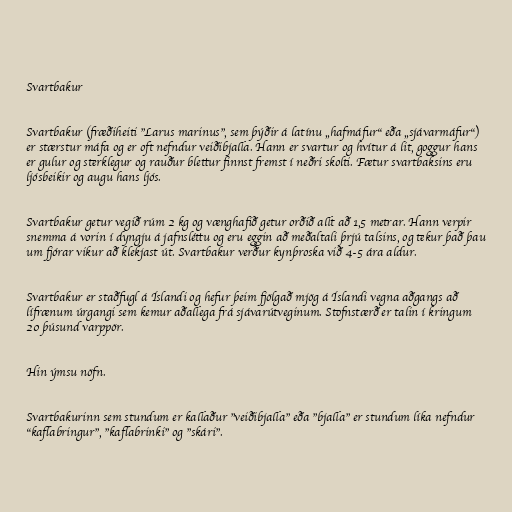
Svartbakur

Svartbakur (fræðiheiti "Larus marinus", sem þýðir á latínu „hafmáfur“ eða „sjávarmáfur“)
er stærstur máfa og er oft nefndur veiðibjalla. Hann er svartur og hvítur á lit, goggur hans
er gulur og sterklegur og rauður blettur finnst fremst í neðri skolti. Fætur svartbaksins eru
ljósbeikir og augu hans ljós.

Svartbakur getur vegið rúm 2 kg og vænghafið getur orðið allt að 1,5 metrar. Hann verpir
snemma á vorin í dyngju á jafnsléttu og eru eggin að meðaltali þrjú talsins, og tekur það þau
um fjórar vikur að klekjast út. Svartbakur verður kynþroska við 4-5 ára aldur.

Svartbakur er staðfugl á Íslandi og hefur þeim fjölgað mjög á Íslandi vegna aðgangs að
lífrænum úrgangi sem kemur aðallega frá sjávarútveginum. Stofnstærð er talin í kringum
20 þúsund varppör.

Hin ýmsu nöfn.

Svartbakurinn sem stundum er kallaður "veiðibjalla" eða "bjalla" er stundum líka nefndur
"kaflabringur", "kaflabrinki" og "skári".